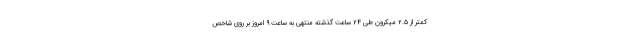
کمتر از ۲.۵ میکرون طی ۲۴ ساعت گذشته منتهی به ساعت ۹ امروز بر روی شاخص